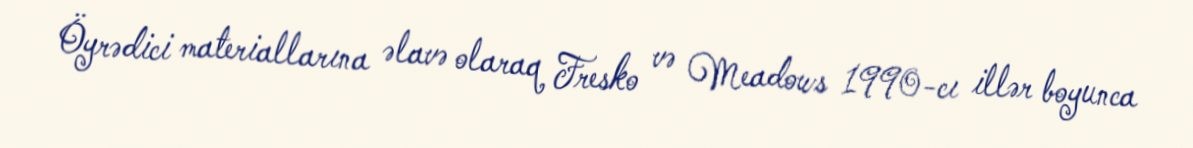
Öyrədici materiallarına əlavə olaraq Fresko və Meadows 1990-cı illər boyunca